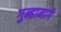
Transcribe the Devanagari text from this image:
गुन्हामागे